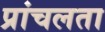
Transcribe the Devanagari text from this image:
प्रांचलता